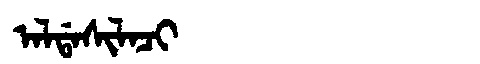
Manchu: ᠠᠯᡩᠠᠰᡳᠯᠠᠴᡳ
Romanization: ALDASILACI